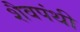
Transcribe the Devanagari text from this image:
शैवपंथी